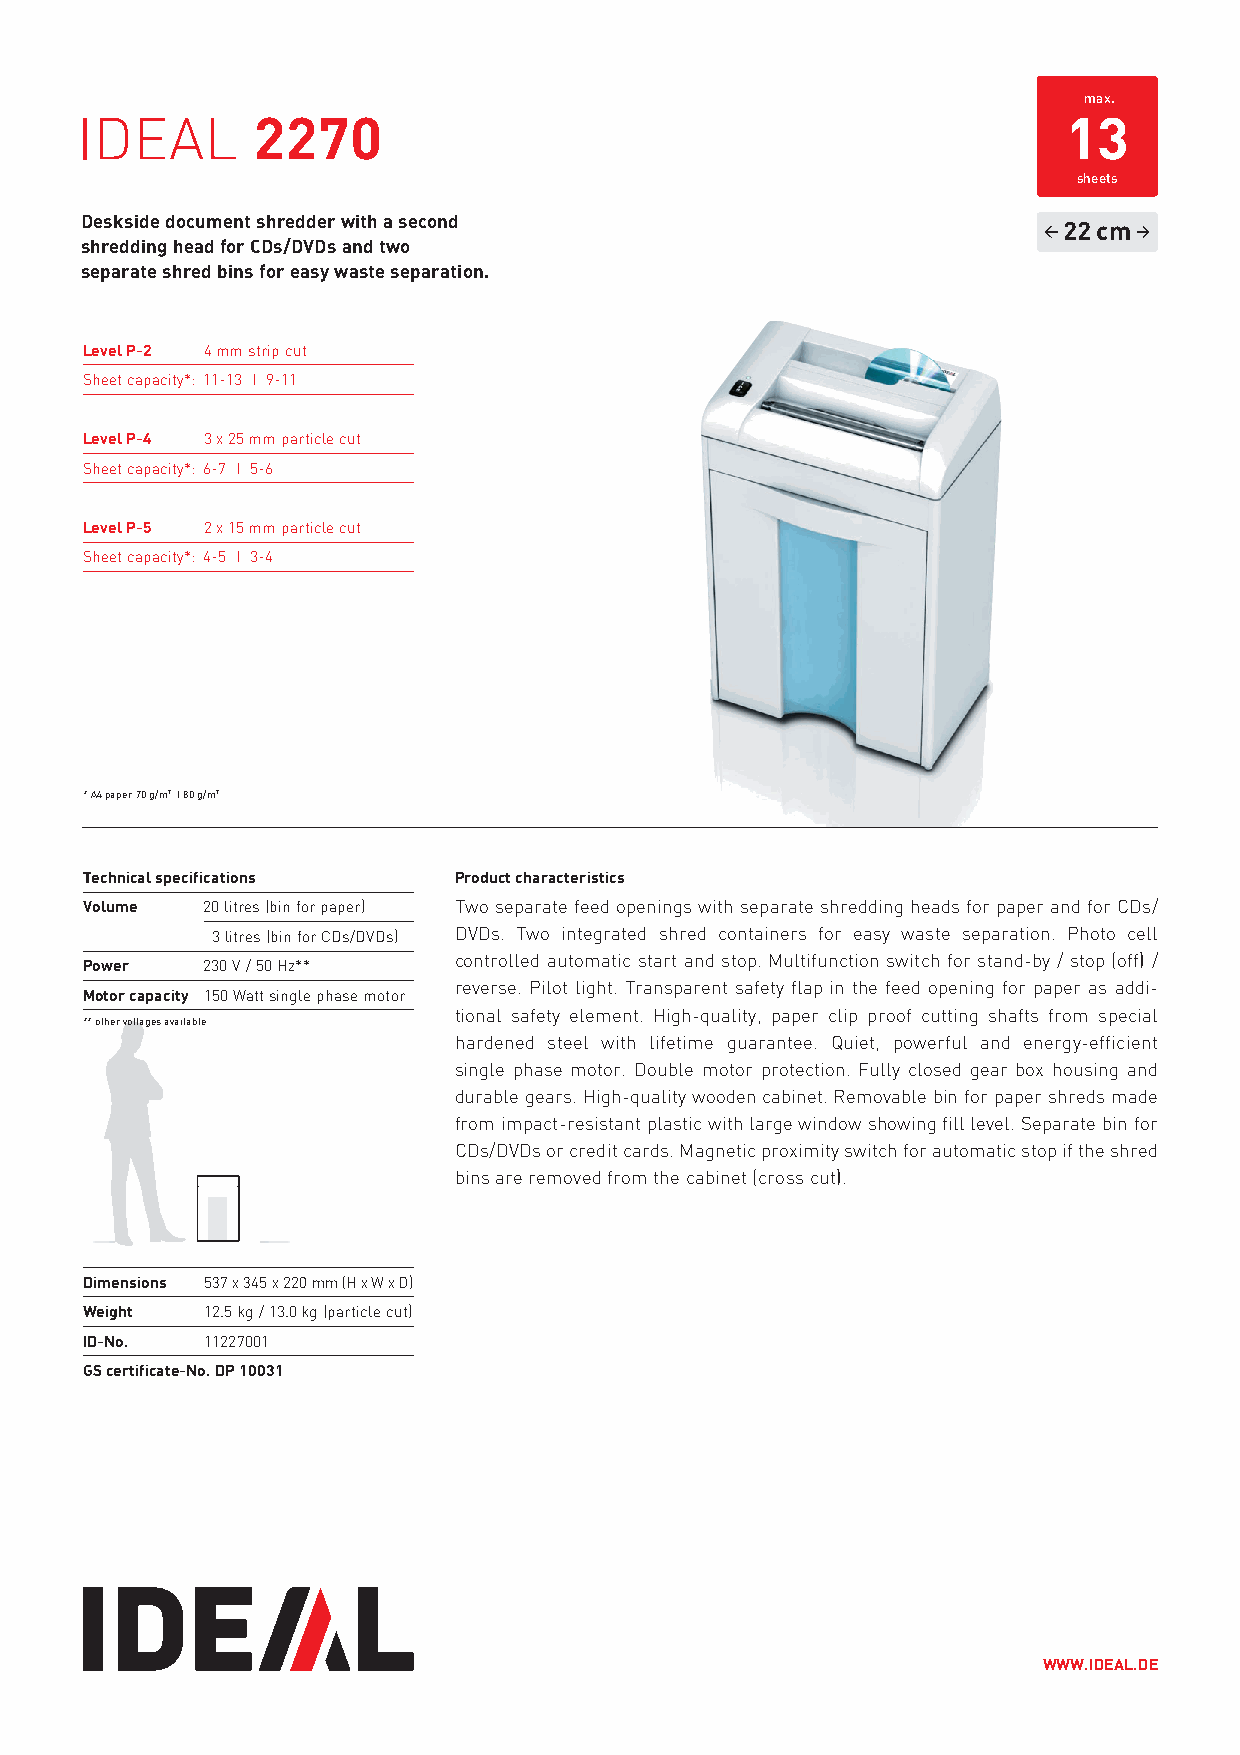
max.
 IDEAL       2270                                                  13
 sheets
 Deskside document shredder with a second
 22 cm
 shredding head for CDs/DVDs and two
 separate shred bins for easy waste separation.
 Level P-2 4 mm strip cut
 Sheet capacity*: 11-13 I 9-11
 Level P-4 3 x 25 mm particle cut
 Sheet capacity*: 6-7 I 5-6
 Level P-5 2 x 15 mm particle cut
 Sheet capacity*: 4-5 I 3-4
 * A4 paper 70 g/m2 I 80 g/m2
 Technical specifications Product characteristics
 Volume  20 litres (bin for paper) Two separate feed openings with separate shredding heads for paper and for CDs/
 3 litres (bin for CDs/DVDs) DVDs. Two integrated shred containers for easy waste separation. Photo cell
 controlled automatic start and stop. Multifunction switch for stand-by / stop (off) /
 Power   230 V / 50 Hz**
 reverse. Pilot light. Transparent safety flap in the feed opening for paper as addi-
 Motor capacity 150 Watt single phase motor
 tional safety element. High-quality, paper clip proof cutting shafts from special
 ** other voltages available
 hardened steel with lifetime guarantee. Quiet, powerful and energy-efficient
 single phase motor. Double motor protection. Fully closed gear box housing and
 durable gears. High-quality wooden cabinet. Removable bin for paper shreds made
 from impact-resistant plastic with large window showing fill level. Separate bin for
 CDs/DVDs or credit cards. Magnetic proximity switch for automatic stop if the shred
 bins are removed from the cabinet (cross cut).
 Dimensions 537 x 345 x 220 mm (H x W x D)
 Weight  12.5 kg / 13.0 kg (particle cut)
 ID-No.  11227001
 GS certificate-No. DP 10031
 WWW.IDEAL.DE